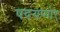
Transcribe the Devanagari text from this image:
पदयप्पोर्